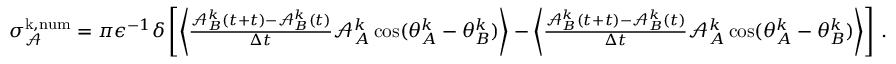
\begin{array} { r } { \sigma _ { \mathcal { A } } ^ { \mathrm { k , n u m } } = { \pi } \epsilon ^ { - 1 } \delta \left[ \left\langle \frac { \mathcal { A } _ { B } ^ { k } ( t + t ) - \mathcal { A } _ { B } ^ { k } ( t ) } { \Delta t } \mathcal { A } _ { A } ^ { k } \cos ( \theta _ { A } ^ { k } - \theta _ { B } ^ { k } ) \right\rangle - \left\langle \frac { \mathcal { A } _ { B } ^ { k } ( t + t ) - \mathcal { A } _ { B } ^ { k } ( t ) } { \Delta t } \mathcal { A } _ { A } ^ { k } \cos ( \theta _ { A } ^ { k } - \theta _ { B } ^ { k } ) \right\rangle \right] \, . } \end{array}